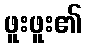
ဖူးဖူး၏